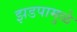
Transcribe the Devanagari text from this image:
झडपामुळे